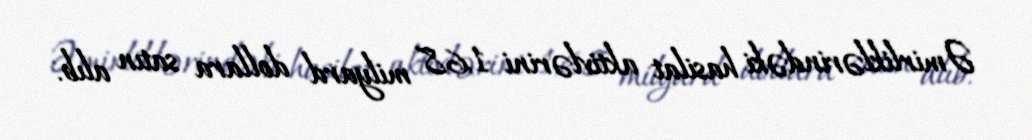
Əmirliklərindəki hasilat aktivlərini 1,68 milyard dollara satın alıb.